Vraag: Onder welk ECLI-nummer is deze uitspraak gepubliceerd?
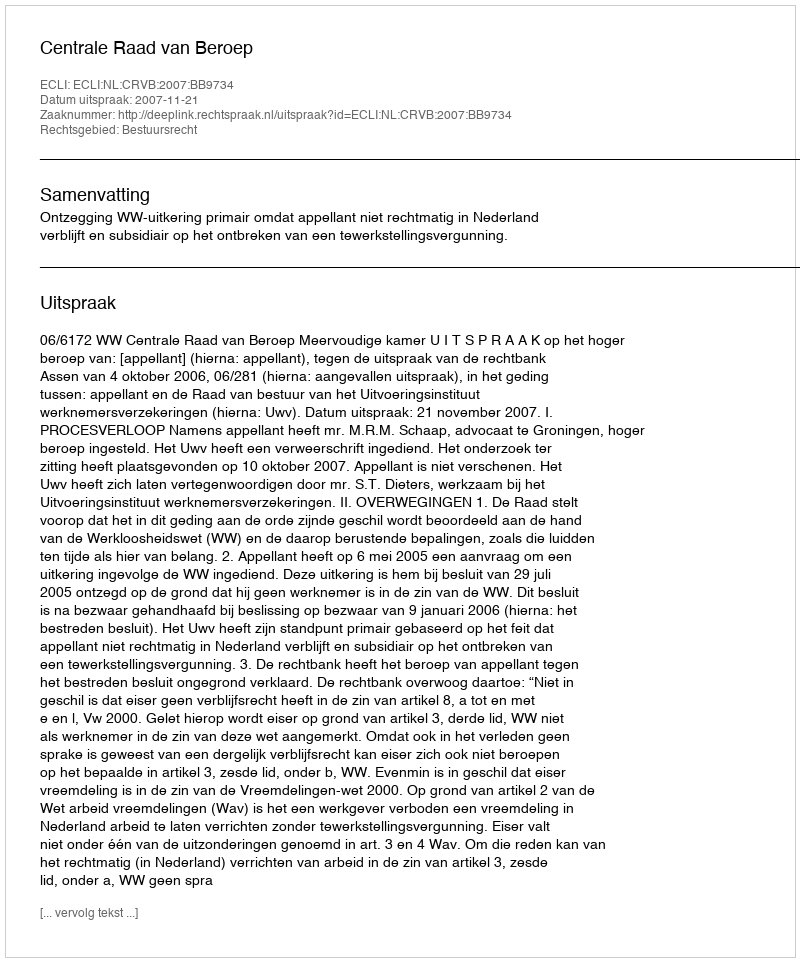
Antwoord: ECLI:NL:CRVB:2007:BB9734